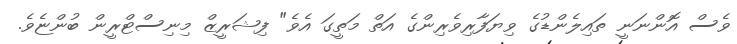
ވެސް އޮންނަނީ ތައިލެންޑުގެ ވިޔަފާރިވެރިންގެ އަތް މަތީގަ އެވެ" ފިޝަރީޒް މިނިސްޓްރީން ބުންޏެވެ.